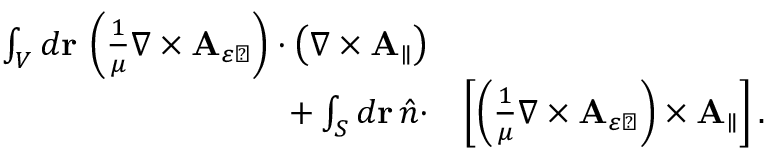
\begin{array} { r l } { \int _ { V } d \mathbf { r } \, \left( \frac { 1 } { \mu } \nabla \times \mathbf { A } _ { \varepsilon \perp } \right) \cdot \left( \nabla \times \mathbf { A } _ { \parallel } \right) } & { } \\ { + \int _ { S } d \mathbf { r } \, \hat { n } \cdot } & { \left[ \left( \frac { 1 } { \mu } \nabla \times \mathbf { A } _ { \varepsilon \perp } \right) \times \mathbf { A } _ { \parallel } \right] . } \end{array}